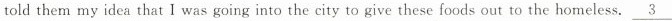
told them my idea that I was going into the city to give these foods out to the homeless. \underline{3}